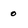
Character: 0